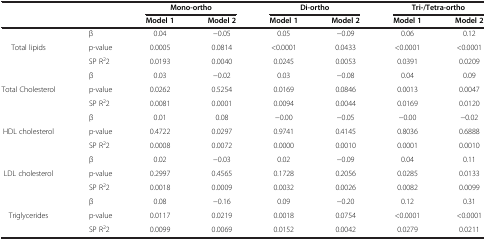
| <COLSPAN=2>  | <COLSPAN=2> Mono-ortho | <COLSPAN=2> Di-ortho | <COLSPAN=2> Tri-/Tetra-ortho |
 | <COLSPAN=2>  | Model 1 | Model 2 | Model 1 | Model 2 | Model 1 | Model 2 |
 | --- | --- | --- | --- | --- | --- | --- | --- |
 | <ROWSPAN=3> Total lipids | β | 0.04 | −0.05 | 0.05 | −0.09 | 0.06 | 0.12 |
 | p-value | 0.0005 | 0.0814 | <0.0001 | 0.0433 | <0.0001 | <0.0001 |
 | SP R22 | 0.0193 | 0.0040 | 0.0245 | 0.0053 | 0.0391 | 0.0209 |
 | <ROWSPAN=3> Total Cholesterol | β | 0.03 | −0.02 | 0.03 | −0.08 | 0.04 | 0.09 |
 | p-value | 0.0262 | 0.5254 | 0.0169 | 0.0846 | 0.0013 | 0.0047 |
 | SP R22 | 0.0081 | 0.0001 | 0.0094 | 0.0044 | 0.0169 | 0.0120 |
 | <ROWSPAN=3> HDL cholesterol | β | 0.01 | 0.08 | −0.00 | −0.05 | −0.00 | −0.02 |
 | p-value | 0.4722 | 0.0297 | 0.9741 | 0.4145 | 0.8036 | 0.6888 |
 | SP R22 | 0.0008 | 0.0072 | 0.0000 | 0.0010 | 0.0001 | 0.0010 |
 | <ROWSPAN=3> LDL cholesterol | β | 0.02 | −0.03 | 0.02 | −0.09 | 0.04 | 0.11 |
 | p-value | 0.2997 | 0.4565 | 0.1728 | 0.2056 | 0.0285 | 0.0133 |
 | SP R22 | 0.0018 | 0.0009 | 0.0032 | 0.0026 | 0.0082 | 0.0099 |
 | <ROWSPAN=2> Triglycerides | β | 0.08 | −0.16 | 0.09 | −0.20 | 0.12 | 0.31 |
 | p-value | 0.0117 | 0.0219 | 0.0018 | 0.0754 | <0.0001 | <0.0001 |
 |  | SP R22 | 0.0099 | 0.0069 | 0.0152 | 0.0042 | 0.0279 | 0.0211 |